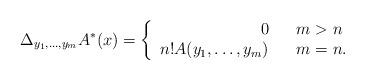
LaTeX: \begin{align*} \Delta_{y_{1}, \ldots, y_{m}}A^{\ast}(x)= \left\{ \begin{array}{rcl} 0 & & m>n \\ n!A(y_{1}, \ldots, y_{m}) & & m=n. \end{array} \right. \end{align*}